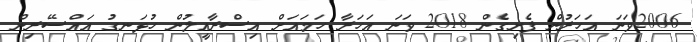
2006ވަނަ އަހަރުން ފެށިގެން 2018 ވަނަ އަހަރާ ހަމައަށް އިސްރާއީލުން ހުޅަނގު އައްސޭރިން